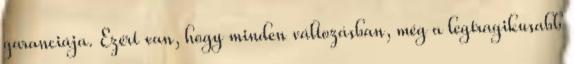
garanciája. Ezért van, hogy minden változásban, még a legtragikusabb